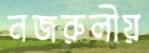
নজরুলীয়